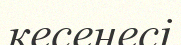
кесенесі